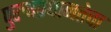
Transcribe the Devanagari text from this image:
पुरुषप्रधानतेचा